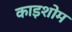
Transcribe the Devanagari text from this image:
काइशोम